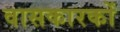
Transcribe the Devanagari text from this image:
वासकारकों